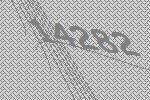
14282